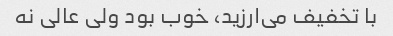
با تخفیف می‌ارزید، خوب بود ولی عالی نه